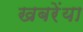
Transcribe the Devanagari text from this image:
खबरेंया